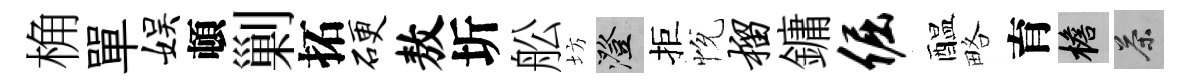
桷單娱頓剿拓硬敖圻舩坊澄拒恱榴鏞倔醖略育檐茶